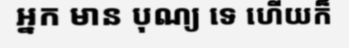
អ្នក មាន បុណ្យ ទេ ហើយក៏